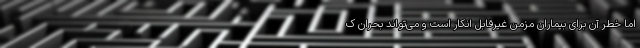
اما خطر آن برای بیماران مزمن غیرقابل انکار است و می‌تواند بحران ک